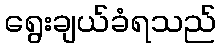
ရွေးချယ်ခံရသည်